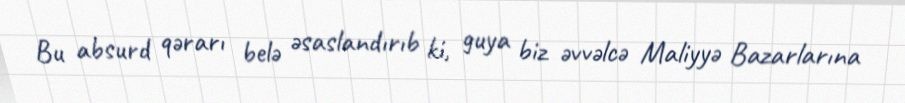
Bu absurd qərarı belə əsaslandırıb ki, guya biz əvvəlcə Maliyyə Bazarlarına